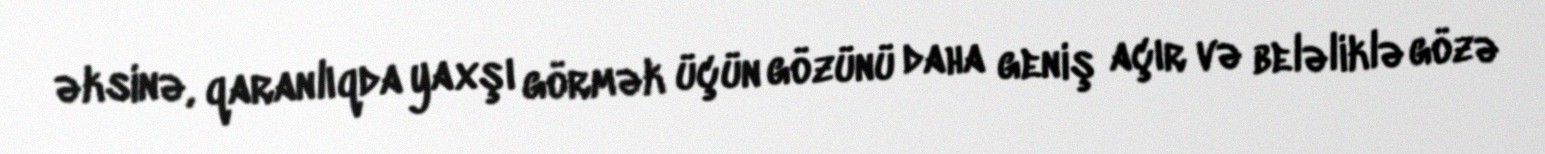
əksinə, qaranlıqda yaxşı görmək üçün gözünü daha geniş açır və beləliklə gözə